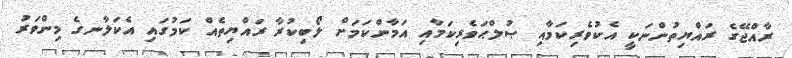
ރާއްޖޭގެ ރައްޔިތުންނަކީ އެކުވެރިކަމާއި ޞުލްޙަވެރިކަމާއި އަމާންކަމަށް ލޯބިކުރާ ރައްޔިތެއް ކަމުގައި އެކަލާނގެ މިންވަރު